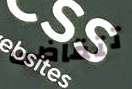
تتقاضى